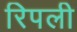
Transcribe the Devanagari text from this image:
रिपली